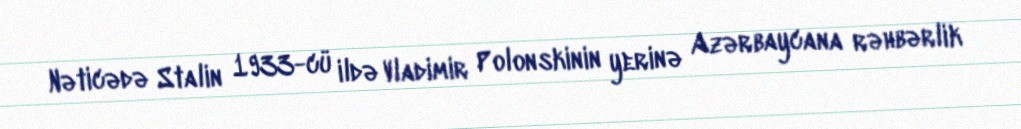
Nəticədə Stalin 1933-cü ildə Vladimir Polonskinin yerinə Azərbaycana rəhbərlik